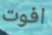
افوت